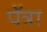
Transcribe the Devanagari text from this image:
पॅत्रा